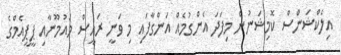
އިލެކްޝަންސް ކޮމިޝަނުން މިފަދަ އެންގުމެއް އަންގާފައި މި ވަނީ ރައީސް މައުމޫނާއި ޕީޕީއެމްގެ